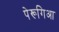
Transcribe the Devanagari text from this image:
पेरूगिआ